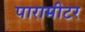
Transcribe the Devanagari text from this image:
पारामीटर